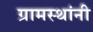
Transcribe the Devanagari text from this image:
ग्रामस्‍थांनी